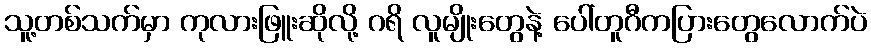
သူ့တစ်သက်မှာ ကုလားဖြူးဆိုလို့ ဂရိ လူမျိုးတွေနဲ့ ပေါ်တူဂီကပြားတွေလောက်ပဲ